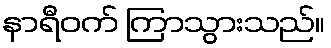
နာရီဝက် ကြာသွားသည်။